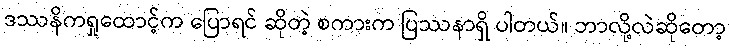
ဒဿနိကရှုထောင့်က ပြောရင် ဆိုတဲ့ စကားက ပြဿနာရှိ ပါတယ်။ ဘာလို့လဲဆိုတော့